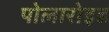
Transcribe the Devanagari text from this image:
पोलारोइड